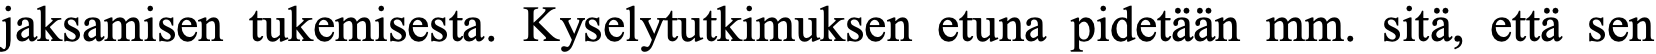
jaksamisen tukemisesta. Kyselytutkimuksen etuna pidetään mm. sitä, että sen